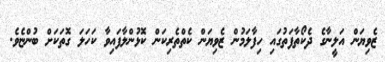
ޒެވިޔަން އަލީނާގެ ދެކޯތާފަތުގައި ހިފާލަމުން ޒެވިޔަން ކެތްތެރިކަން ކޮޅުންލާފައިވާ ކަހަލަ ގޮތަކަށް ބުންޏެވެ.